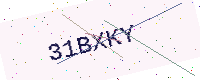
Text: 31BXKY